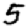
Digit: 5